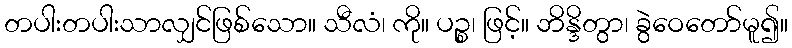
တပါးတပါးသာလျှင်ဖြစ်သော။ သီလံ၊ ကို။ ပဉ္စ၊ ဖြင့်။ ဘိန္ဒိတွာ၊ ခွဲဝေတော်မူ၍။